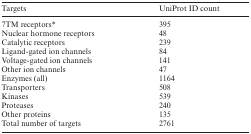
<table><thead><tr><td><b>Targets</b></td><td><b>UniProt ID count</b></td></tr></thead><tbody><tr><td>7TM receptors*</td><td>395</td></tr><tr><td>Nuclear hormone receptors</td><td>48</td></tr><tr><td>Catalytic receptors</td><td>239</td></tr><tr><td>Ligand-gated ion channels</td><td>84</td></tr><tr><td>Voltage-gated ion channels</td><td>141</td></tr><tr><td>Other ion channels</td><td>47</td></tr><tr><td>Enzymes (all)</td><td>1164</td></tr><tr><td>Transporters</td><td>508</td></tr><tr><td>Kinases</td><td>539</td></tr><tr><td>Proteases</td><td>240</td></tr><tr><td>Other proteins</td><td>135</td></tr><tr><td>Total number of targets</td><td>2761</td></tr></tbody></table>